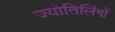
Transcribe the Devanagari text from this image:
ज्योतिलिंगों